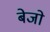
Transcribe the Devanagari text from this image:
बेजो